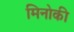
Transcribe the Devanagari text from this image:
मिनोकी